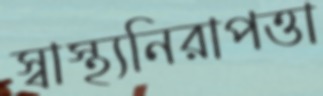
স্বাস্থ্যনিরাপত্তা